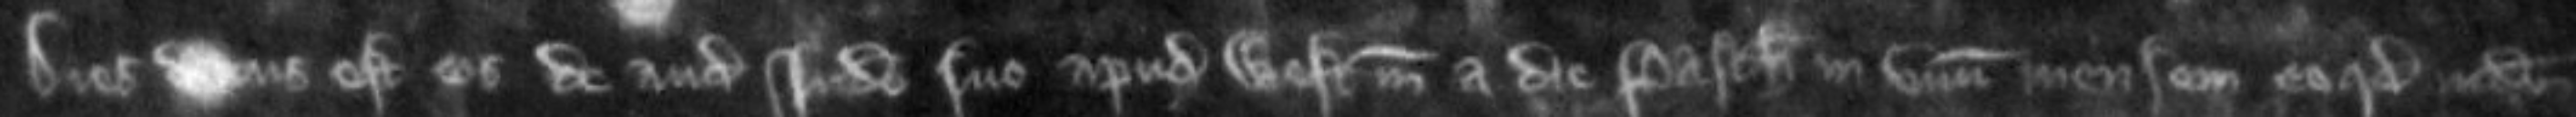
Dies datus est eis de audiendo judicio suo apud Westmonasterium a die Pasche in unum mensem eo quod judicum